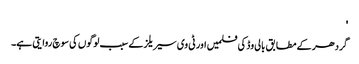
'
گردھر کے مطابق بالی وڈ کی فلمیں اور ٹی وی سیریلز کے سبب لوگوں کی سوچ روایتی ہے۔